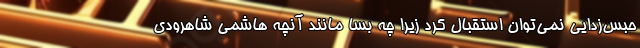
حبس‌زدایی نمی‌توان استقبال کرد زیرا چه بسا مانند آنچه هاشمی شاهرودی